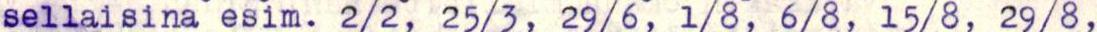
sellaisina esim. 2/2, 25/3, 29/6, 1/8, 6/8, 15/8, 29/8,